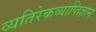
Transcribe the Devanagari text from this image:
व्यतिरेकव्याप्तिज्ञान